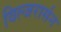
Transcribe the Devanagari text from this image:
विल्जरार्सन